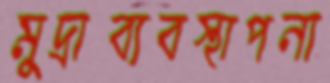
মুদ্রাব্যবস্থাপনা